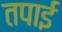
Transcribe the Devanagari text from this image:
तपाई